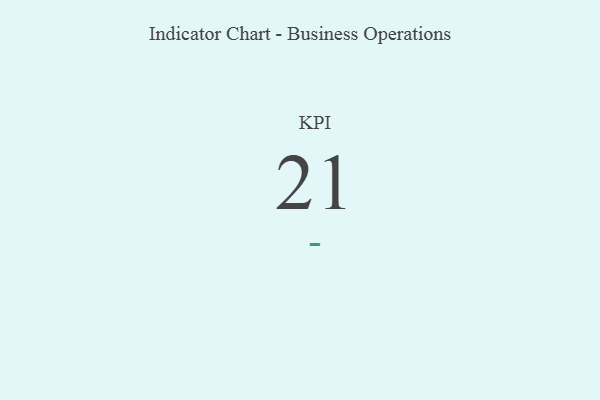
{"axis": {"x": "KPI", "y": "Value"}, "legend": [""], "data": [{"x": "KPI", "y": 21, "type": ""}]}